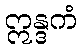
ဣန္ဒကံ